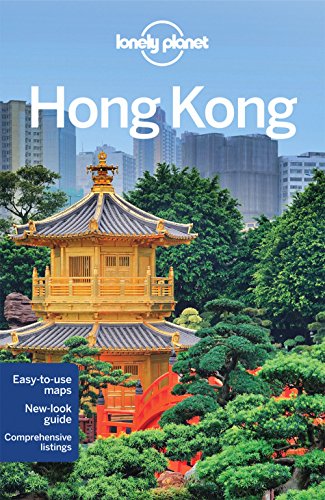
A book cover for Lonely Planet Hong Kong (Travel Guide); Lonely Planet; Travel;